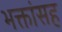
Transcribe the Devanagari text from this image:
भक्तांसह